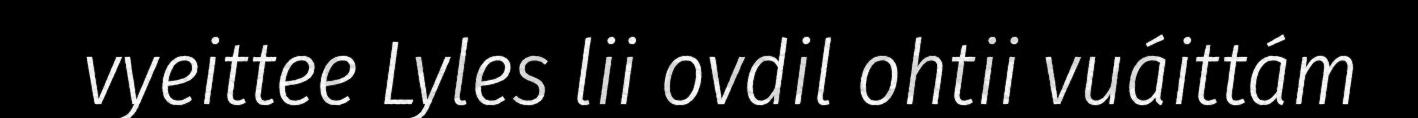
vyeittee Lyles lii ovdil ohtii vuáittám